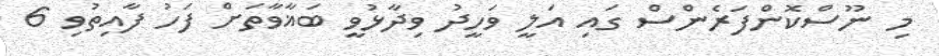
މި ނޫސްކޮންފަރެންސް ގައި އަލީ ވަހީދު ވިދާޅުވީ ބަޣާވާތަށް ފަހު ފާއިތުވި 6